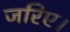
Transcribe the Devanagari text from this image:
जरिए।